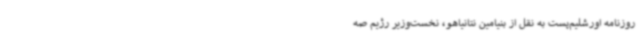
روزنامه اورشلیم‌پست به نقل از بنیامین نتانیاهو، نخست‌وزیر رژیم صه